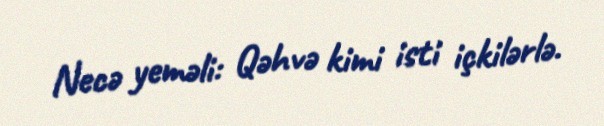
Necə yeməli: Qəhvə kimi isti içkilərlə.